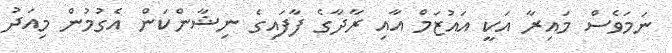
ނަމަވެސް މައިރާ އަކީ އައުޒަމް އާއި ރާދާގެ ފާފައިގެ ނިޝާންކަން އެގުމުން މިއަދު